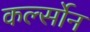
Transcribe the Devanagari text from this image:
कर्ल्सोन